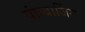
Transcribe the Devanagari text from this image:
यांग्बाजिंग